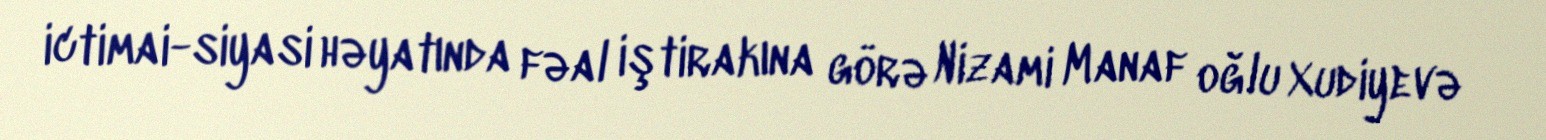
ictimai-siyasi həyatında fəal iştirakına görə Nizami Manaf oğlu Xudiyevə